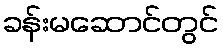
ခန်းမဆောင်တွင်